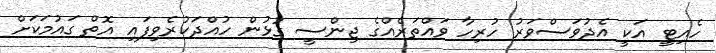
ހެއިޓީ އަކީ އެދުވަސްވަރު ހުރިހާ ވައްތަރެއްގެ ޖިންސީ ގުޅުން ހުއްދަކުރެވިފައި އޮތް ގައުމަކަށް